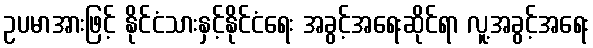
ဥပမာအားဖြင့် နိုင်ငံသားနှင့်နိုင်ငံရေး အခွင့်အရေးဆိုင်ရာ လူ့အခွင့်အရေး